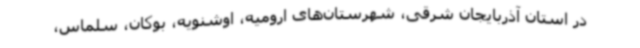
در استان آذربایجان شرقی، شهرستان‌های ارومیه، اوشنویه، بوکان، سلماس،